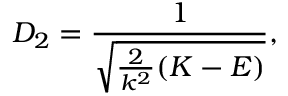
D _ { 2 } = \frac { 1 } { \sqrt { \frac { 2 } { k ^ { 2 } } ( K - E ) } } ,